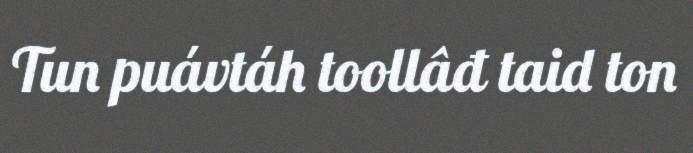
Tun puávtáh toollâđ taid ton